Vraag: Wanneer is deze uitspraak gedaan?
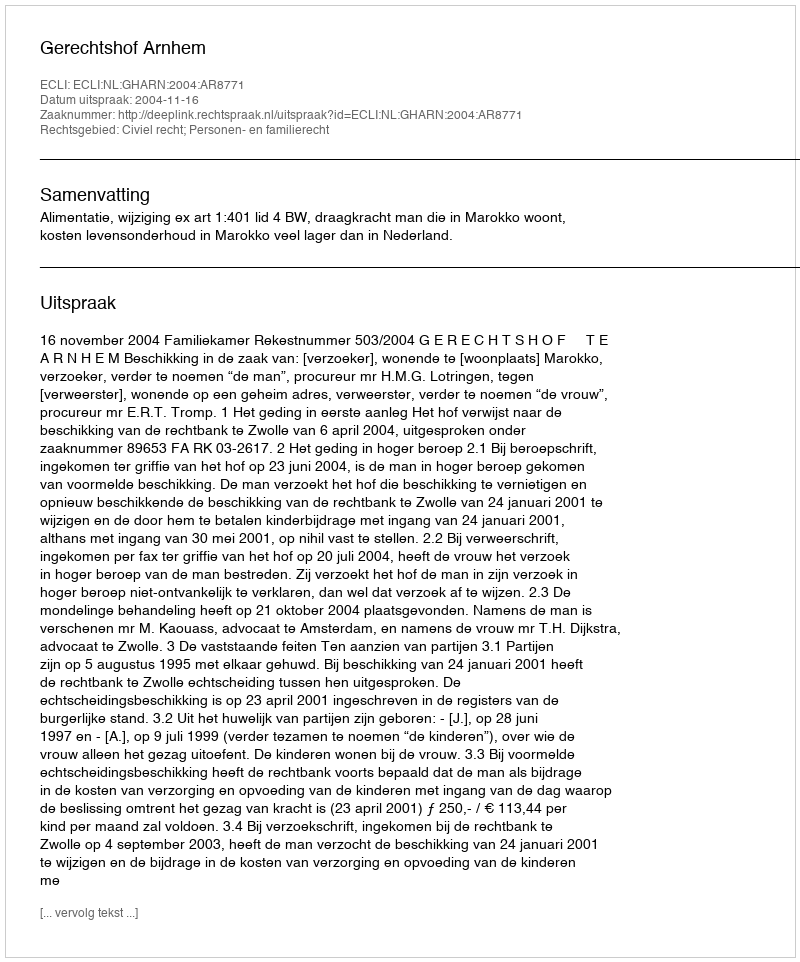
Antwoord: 2004-11-16